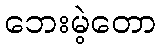
ဘေးမဲ့တော